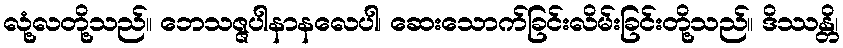
လုံ့လတို့သည်။ ဘေသဇ္ဇပါနာနလေပါ၊ ဆေးသောက်ခြင်းလိမ်းခြင်းတို့သည်။ ဒိဿန္တိ၊